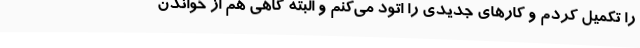
را تکمیل کردم و کارهای جدیدی را اتود می‌کنم و البته گاهی هم از خواندن